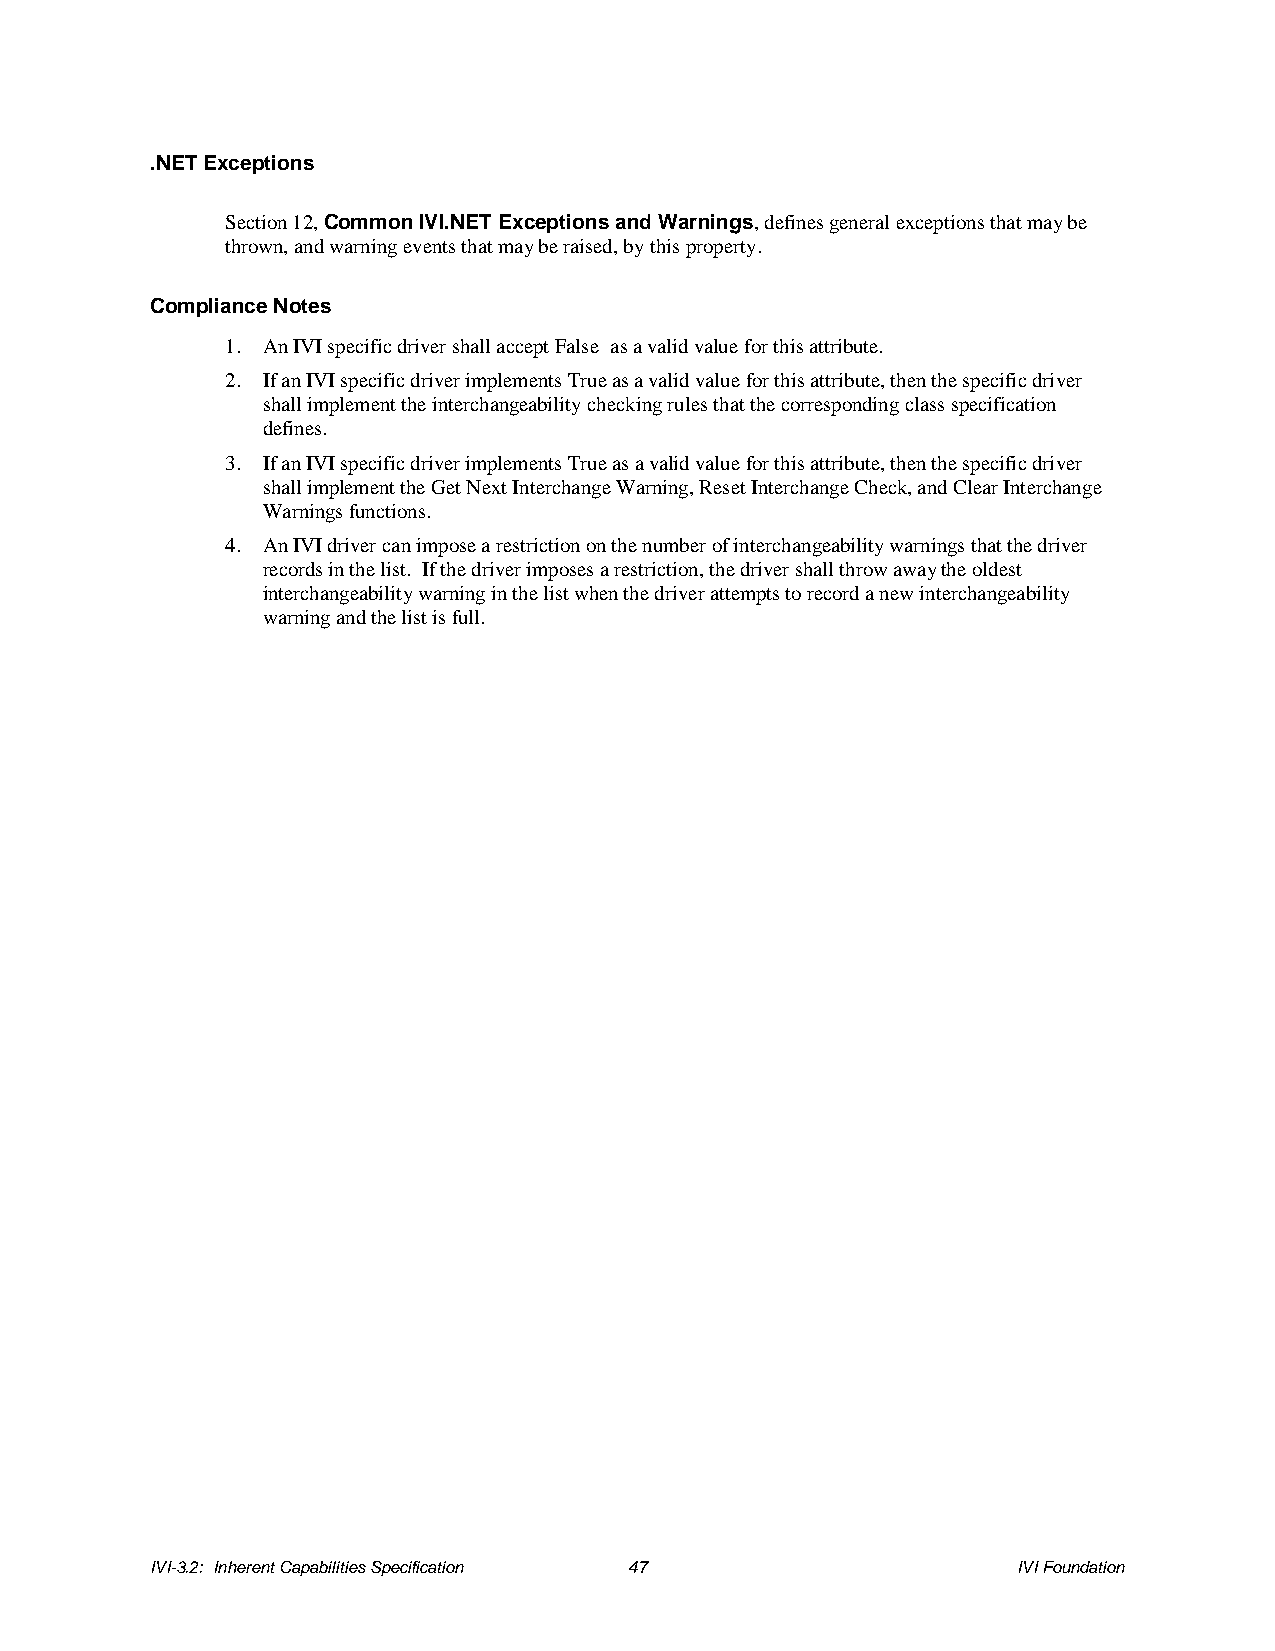
.NET Exceptions
 Section 12, Common IVI.NET Exceptions and Warnings, defines general exceptions that may be
 thrown, and warning events that may be raised, by this property.
 Compliance Notes
 1. An IVI specific driver shall accept False as a valid value for this attribute.
 2. If an IVI specific driver implements True as a valid value for this attribute, then the specific driver
 shall implement the interchangeability checking rules that the corresponding class specification
 defines.
 3. If an IVI specific driver implements True as a valid value for this attribute, then the specific driver
 shall implement the Get Next Interchange Warning, Reset Interchange Check, and Clear Interchange
 Warnings functions.
 4. An IVI driver can impose a restriction on the number of interchangeability warnings that the driver
 records in the list. If the driver imposes a restriction, the driver shall throw away the oldest
 interchangeability warning in the list when the driver attempts to record a new interchangeability
 warning and the list is full.
 IVI-3.2: Inherent Capabilities Specification 47          IVI Foundation